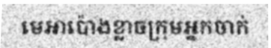
មេអាប៉ោងខ្លាចក្រុមអ្នកចាក់